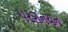
પરગનયન